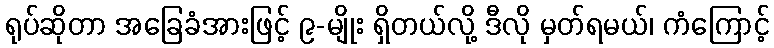
ရုပ်ဆိုတာ အခြေခံအားဖြင့် ၉-မျိုး ရှိတယ်လို့ ဒီလို မှတ်ရမယ်၊ ကံကြောင့်